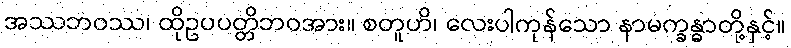
အဿဘဝဿ၊ ထိုဥပပတ္တိဘဝအား။ စတူဟိ၊ လေးပါကုန်သော နာမက္ခန္ဓာတို့နှင့်။